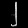
Digit: ၂